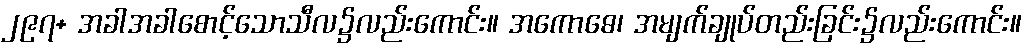
၂၉၇+ အခါအခါစောင့်သောသီလ၌လည်းကောင်း။ အကောဓေ၊ အမျက်ချုပ်တည်းခြင်း၌လည်းကောင်း။